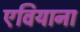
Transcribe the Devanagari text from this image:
एवियाना